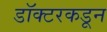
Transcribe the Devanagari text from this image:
डॉक्‍टरकडून